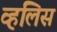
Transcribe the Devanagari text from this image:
व्हलिस